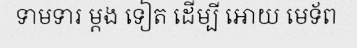
ទាមទារ ម្តង ទៀត ដើម្បី អោយ មេទ័ព